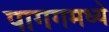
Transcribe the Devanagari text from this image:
पागगमध्ये